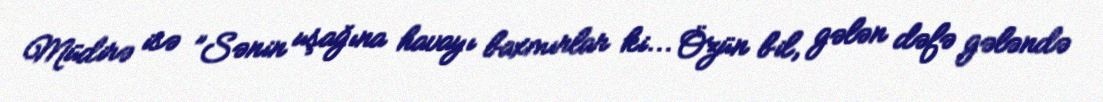
Müdirə isə ”Sənin uşağına havayı baxmırlar ki... Özün bil, gələn dəfə gələndə